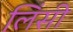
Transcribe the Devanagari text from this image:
लिंसी